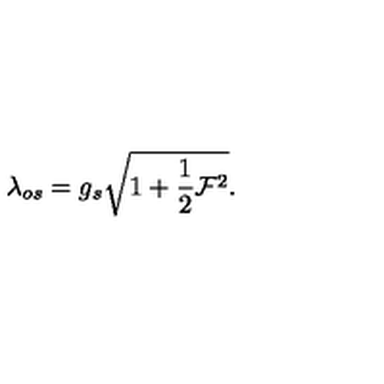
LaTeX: \lambda _ { o s } = g _ { s } \sqrt { { 1 + { \frac { 1 } { 2 } } { \cal F } ^ { 2 } } } .